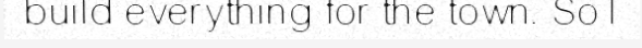
build everything for the town. So I